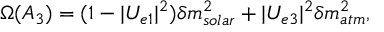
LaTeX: \Omega ( A _ { 3 } ) = ( 1 - | U _ { e 1 } | ^ { 2 } ) \delta m _ { s o l a r } ^ { 2 } + | U _ { e 3 } | ^ { 2 } \delta m _ { a t m } ^ { 2 } ,